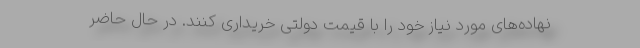
نهاده‌های مورد نیاز خود را با قیمت دولتی خریداری کنند. در حال حاضر